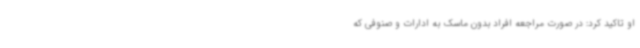
او تاکید کرد: در صورت مراجعه افراد بدون ماسک به ادارات و صنوفی که